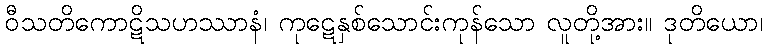
ဝီသတိကောဋိသဟဿာနံ၊ ကုဋေနှစ်သောင်းကုန်သော လူတို့အား။ ဒုတိယော၊